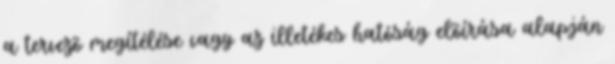
a tervezõ megítélése vagy az illetékes hatóság elõírása alapján